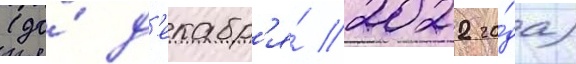
(до́ д'екабр'я́ 2022 го́да)